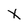
Character: X